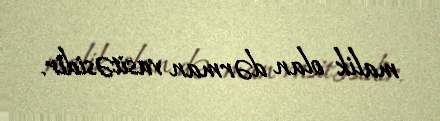
malik olan dərman vasitəsidir.